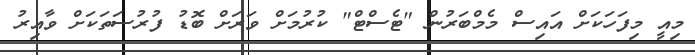
މިއީ މިފަހަކަށް އައިސް މެމްބަރުން "ޓެސްޓް" ކުރުމަށް ވަރަށް ބޮޑު ފުރުސަތަކަށް ވާއިރު